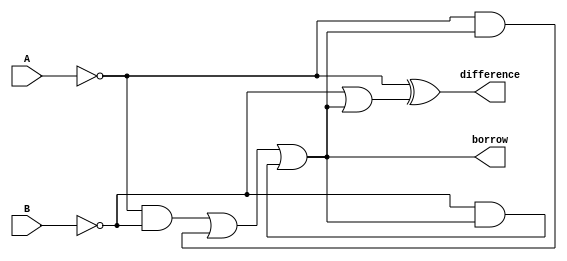
module Subtractor(
    input A,
    input B,
    output difference,
    output borrow
);

wire nA, nB, nB_in, prev_borrow;

assign nA = ~A;
assign nB = ~B;
assign nB_in = nB | prev_borrow;
assign difference = nA ^ nB_in;
assign borrow = (nA & nB) | (nA & prev_borrow) | (nB & prev_borrow);

assign prev_borrow = borrow;

endmodule